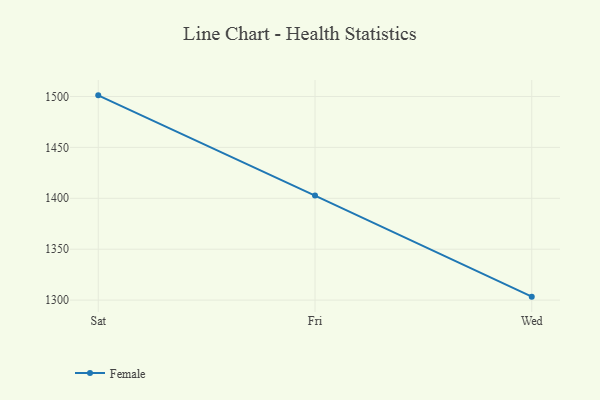
{"axis": {"x": "Day", "y": "Operating Costs (USD K)"}, "legend": ["Female"], "data": [{"x": "Sat", "y": 1501.1, "type": "Female"}, {"x": "Fri", "y": 1402.7, "type": "Female"}, {"x": "Wed", "y": 1303.4, "type": "Female"}]}